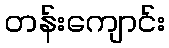
တန်းကျောင်း